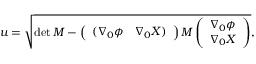
u = \sqrt { \operatorname * { d e t } { M } - \left( \begin{array} { c c } { { ( \nabla _ { 0 } \phi } } & { { \nabla _ { 0 } X ) } } \end{array} \right) M \left( \begin{array} { c } { { \nabla _ { 0 } \phi } } \\ { { \nabla _ { 0 } X } } \end{array} \right) } ,